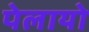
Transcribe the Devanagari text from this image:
पेलायो